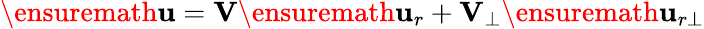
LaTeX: \ensuremath{\mathbf{u}}=\mathbf{V}\ensuremath{\mathbf{u}}_{r}+\mathbf{V}_{\bot}\ensuremath{\mathbf{u}}_{r\bot}